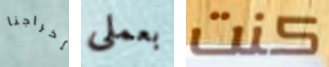
إخراجنا بعملى كنت